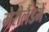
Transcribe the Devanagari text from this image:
मेरीलैंडमें